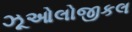
ઝૂઓલોજીકલ